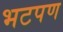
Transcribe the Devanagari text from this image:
भटपण